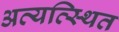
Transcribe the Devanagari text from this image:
अव्यव्स्थित